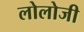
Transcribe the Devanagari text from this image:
लोलोजी